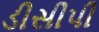
ડીસીપી